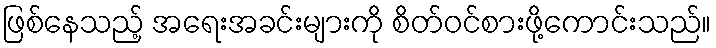
ဖြစ်နေသည့် အရေးအခင်းများကို စိတ်ဝင်စားဖို့ကောင်းသည်။